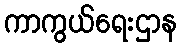
ကာကွယ်ရေးဌာန